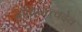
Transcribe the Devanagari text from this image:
बोधिसत्त्वदेव